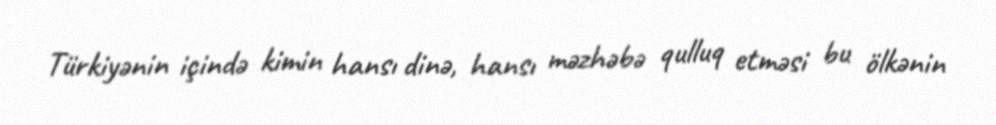
Türkiyənin içində kimin hansı dinə, hansı məzhəbə qulluq etməsi bu ölkənin